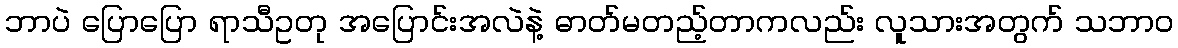
ဘာပဲ ပြောပြော ရာသီဥတု အပြောင်းအလဲနဲ့ ဓာတ်မတည့်တာကလည်း လူသားအတွက် သဘာဝ